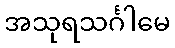
အသုရသင်္ဂါမေ